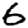
Digit: 6